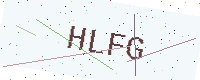
Text: HLFG